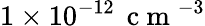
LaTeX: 1\times 10^{-12}\, \mathrm{~c~m~}^{-3}